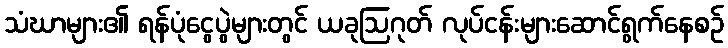
သံဃာများ၏ ရန်ပုံငွေပွဲများတွင် ယခုဩဂုတ် လုပ်ငန်းများဆောင်ရွက်နေစဉ်